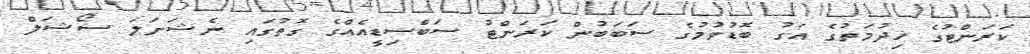
ކަރަންޓުގެ ޚިދުމަތުގެ އަގު ބޮޑުވުމުގެ ސަބަބުން ކަރަންޓު ސަބްސިޑީއެއްގެ ގޮތުގައި ނެޝަނަލަ ސޯޝަލް